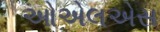
ઓએલએસ